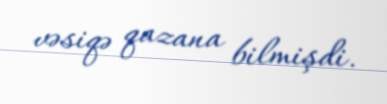
vəsiqə qazana bilmişdi.